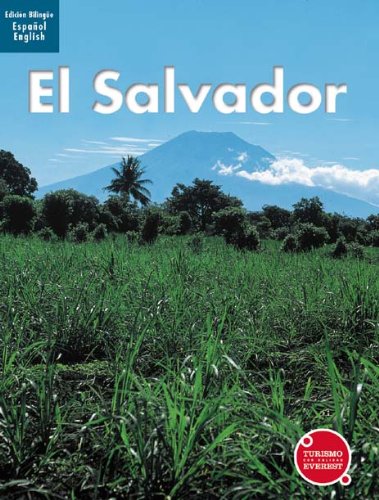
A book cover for El Salvador (Spanish Edition); Raquel Lopez Varela; Travel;